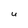
Character: U